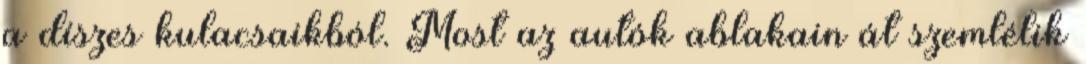
a díszes kulacsaikból. Most az autók ablakain át szemlélik